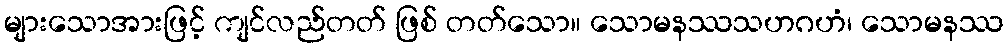
များသောအားဖြင့် ကျင်လည်တတ် ဖြစ် တတ်သော။ သောမနဿသဟဂဟံ၊ သောမနဿ